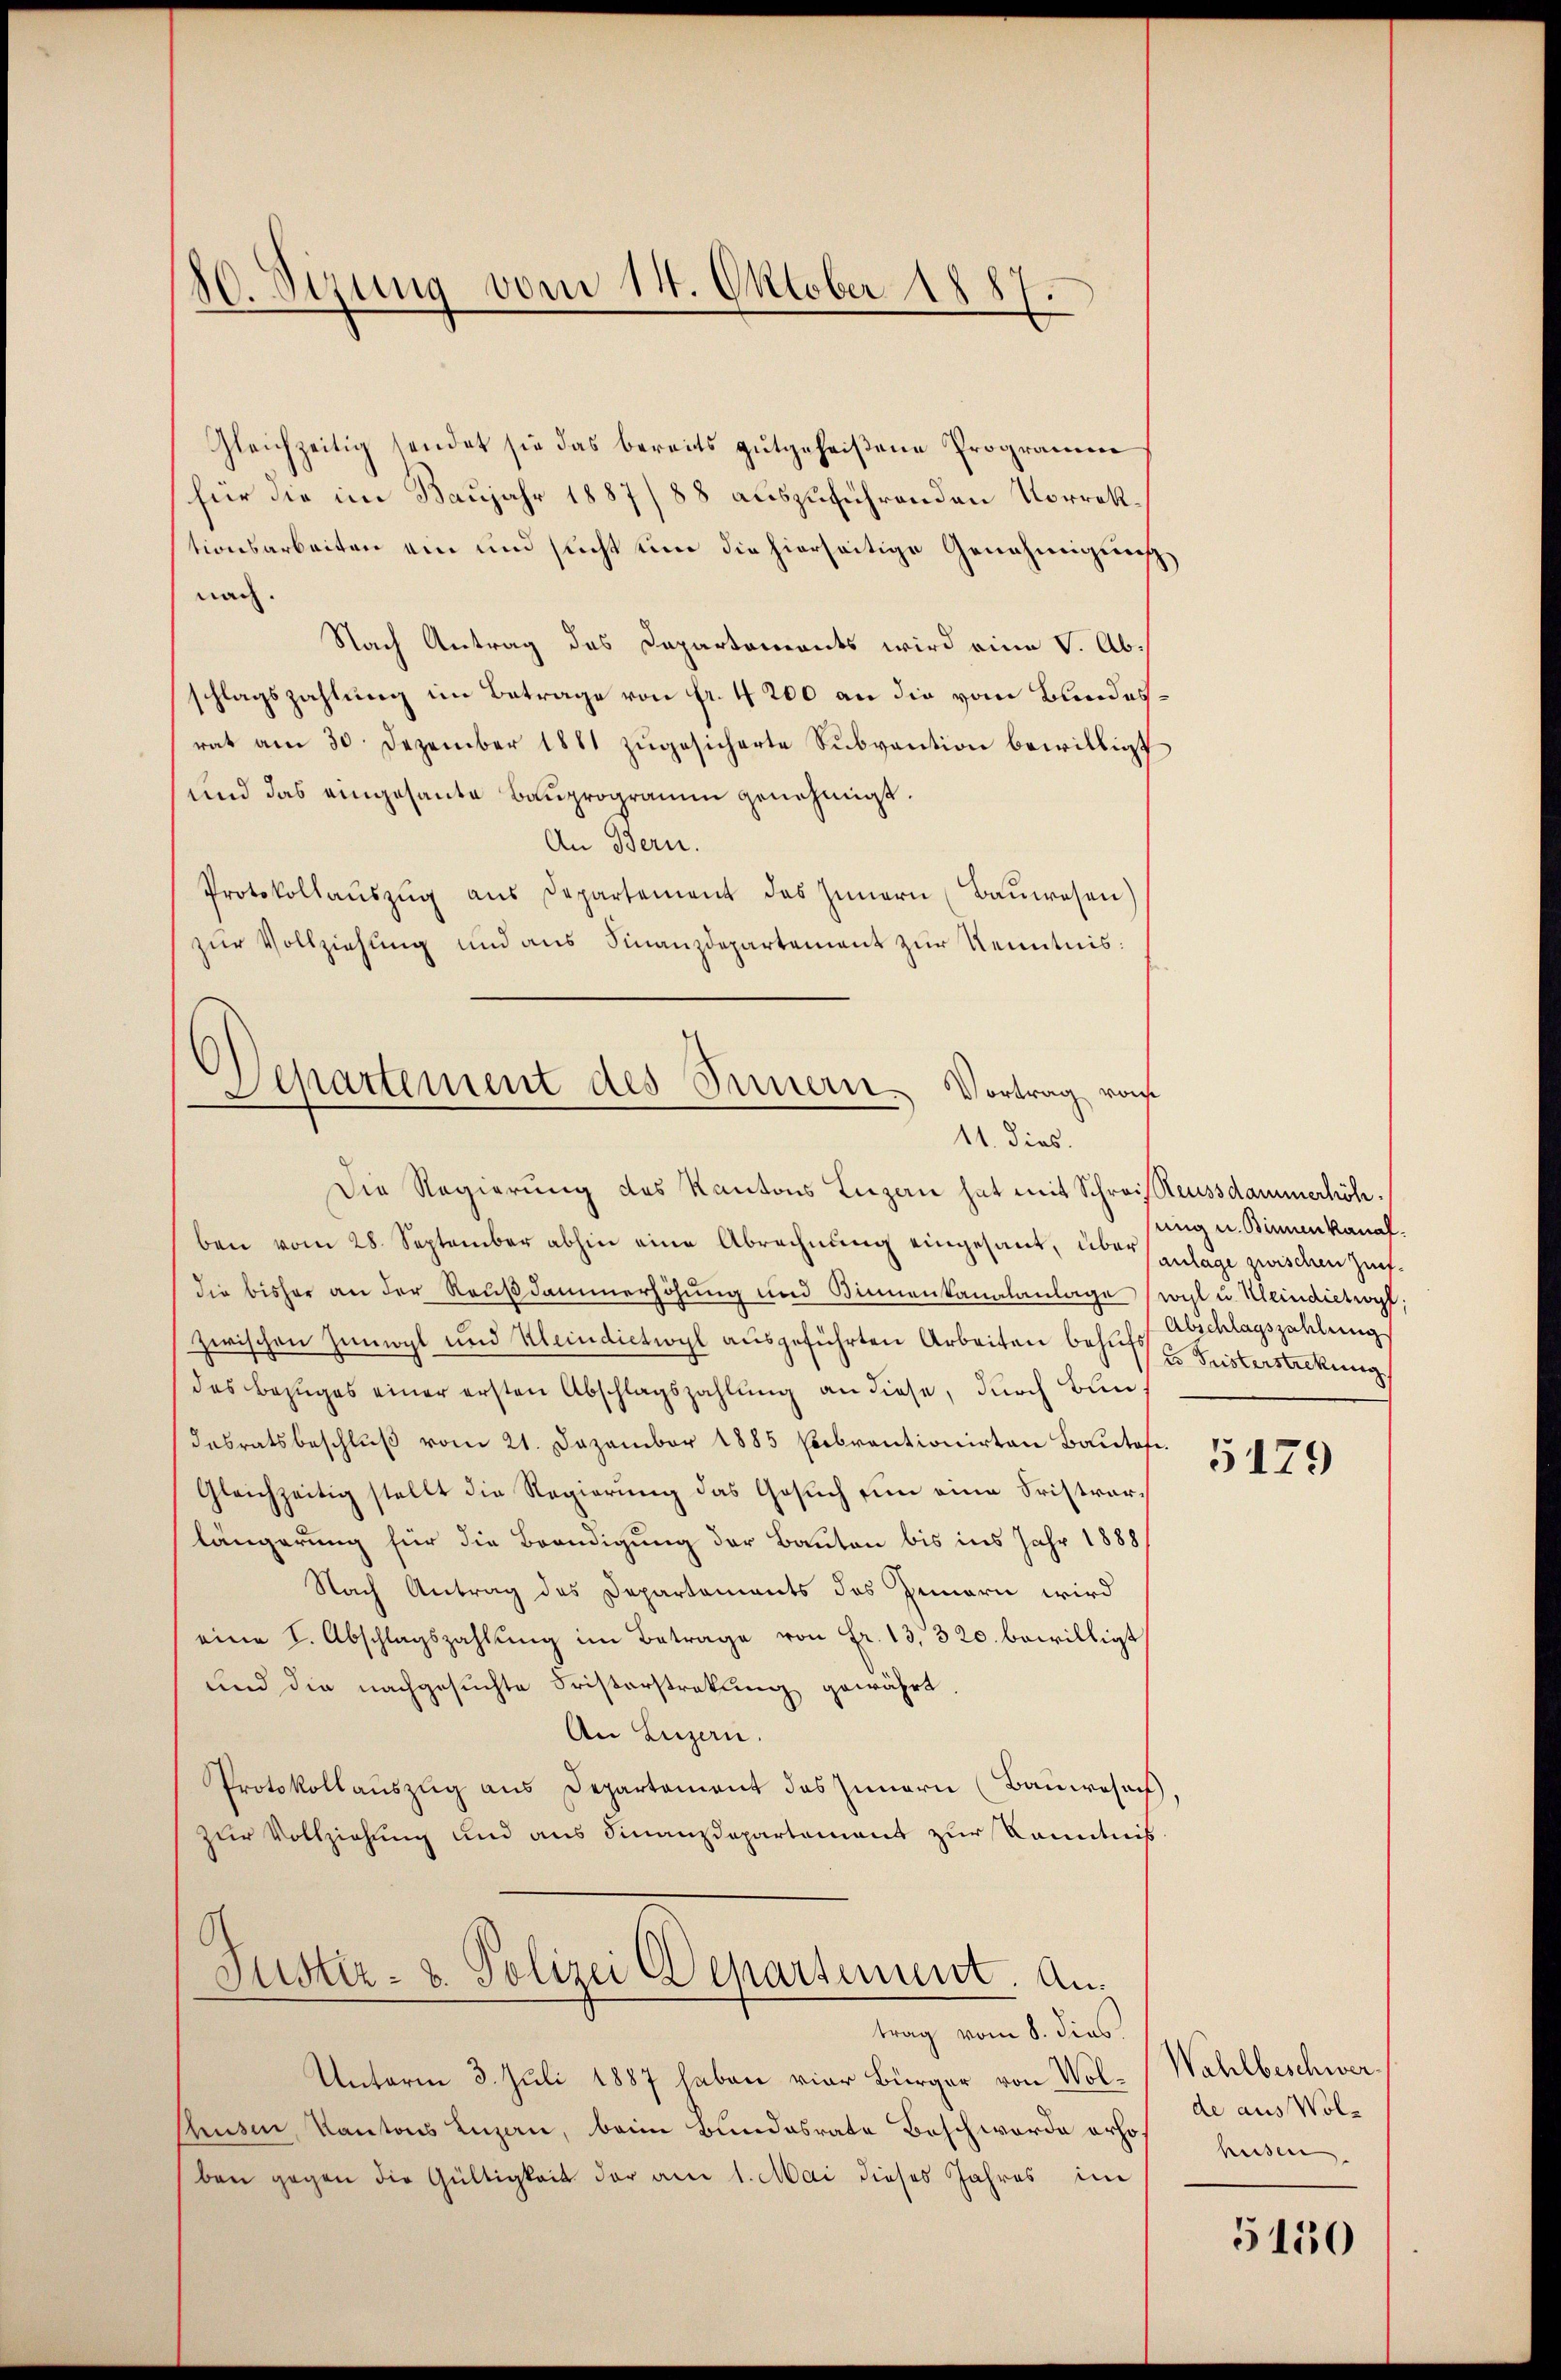
80. Sizung vom 14. Oktober 1887.

Gleichzeitig sendet sie das bereits gutgeheißene Programm
für die im Baujahr 1887/88 auszuführenden Vorrektionsarbeiten ein und sucht um die hierseitige Genehmigung,
nach.
Nach Antrag des Departements wird eine V. Abschlagszahlung im Betrage von fr. 4200 an die vom Bundesrat am 30. Dezember 1881 zŭgesicherte Sŭbvention bewilligt
und das eingesante Bauprogramm genehmigt.
An Bern.
Protokollaŭszŭg aŭs Departement des Innern (Bauwesen)
zur Vollziehung und aus Finanzdepartement zur Kenntnis:
Apartement des Innern Vortrag von

11. Dies.

Die Regierung des Kantons Luzern hat mit Schreissteussdammerhöhben vom 28. September abhin eine Abrechnung eingesant, überanlage zwischen Zünfdie bisher an der Raußdammerhöhung und Kinnenkanalanlage (wohl u. Kleindietwyf
zwischen Zumal und Kleindiction ausgeführten Arbeiten behuf 2 Fristerstreckung
des Bezuges einer ersten Abschlagszahlung an diese, durch Bun¬
Dasratsbeschlŭβ vom 21. Dezember 1885 Cebrantionirten Bautofe¬
Gleichzeitig stellt die Regierung das Gesuch um eine Fristrarlängerung für die Brandigung der Bauten bis ins Jahr 1888/
Nach Antrag des Departements des Innern wird
eine I. Abschlagszahlŭng im Betrage von Fr. 13, 320 bewilligt
und die nachgesuchte Fristerstrakung gewährt
An Luzern.
Protokollauszug aus Departement des Innern (Bauwesen,
zur Vollziehung und aus Finanzdepartement zur Kenntnis.
Justiz- & Polizei Departement. An¬

trag vom 8. dies

Unterm 3. Juli 1887 haben vier Bürger von Wol¬
Chusen, Kantons Luzern, beim Bundesrate Beschwerde erho
ben gegen die Gültigkeit der am 1. Mai dieses Jahres in

sung u. Binnenkanal.
Abschlagszahlung

5179

Wahlbeschwer
de aus Wolhusen

5150